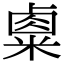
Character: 𥻆